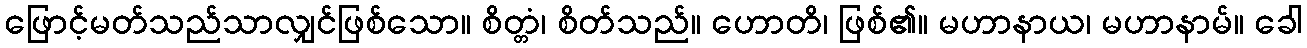
ဖြောင့်မတ်သည်သာလျှင်ဖြစ်သော။ စိတ္တံ၊ စိတ်သည်။ ဟောတိ၊ ဖြစ်၏။ မဟာနာယ၊ မဟာနာမ်။ ခေါ